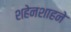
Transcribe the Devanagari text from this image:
शहेनशाहने